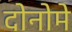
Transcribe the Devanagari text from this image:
दोनोमे